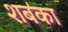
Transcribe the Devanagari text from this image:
शबका